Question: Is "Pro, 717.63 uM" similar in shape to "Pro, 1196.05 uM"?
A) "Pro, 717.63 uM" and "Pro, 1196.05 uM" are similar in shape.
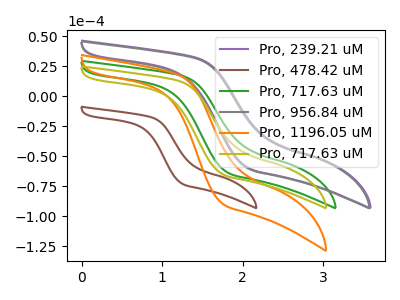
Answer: <think>The purple curve "Pro, 239.21 uM" has no peaks. The brown curve "Pro, 478.42 uM" has no peaks. The green curve "Pro, 717.63 uM" has no peaks. The gray curve "Pro, 956.84 uM" has no peaks. The orange curve "Pro, 1196.05 uM" has no peaks. The olive curve "Pro, 717.63 uM" has no peaks.
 Neither "Pro, 717.63 uM" or "Pro, 1196.05 uM" have any peaks.</think>
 <answer>A) "Pro, 717.63 uM" and "Pro, 1196.05 uM" are similar in shape.</answer>
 <eval>A</eval>